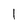
Character: I